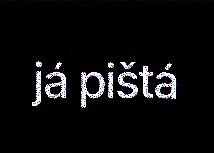
já pištá